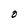
Character: O